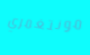
مونتغمري